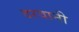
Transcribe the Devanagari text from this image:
दरवानी